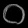
Digit: ၀